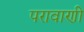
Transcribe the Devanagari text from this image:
परावाणी